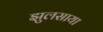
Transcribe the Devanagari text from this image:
झुलसाया